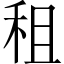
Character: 租